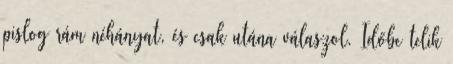
pislog rám néhányat, és csak utána válaszol. Időbe telik